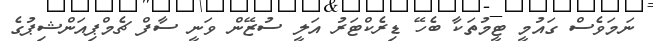
ނަމަވެސް ގައުމީ ޓީމުތަކާ ބެހޭ ޑިރެކްޓަރު އަލީ ސުޒޭން ވަނީ ސާފް ޗެމްޕިއަންޝިޕުގެ